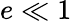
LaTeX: e\ll 1